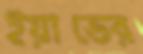
ইয়াভের